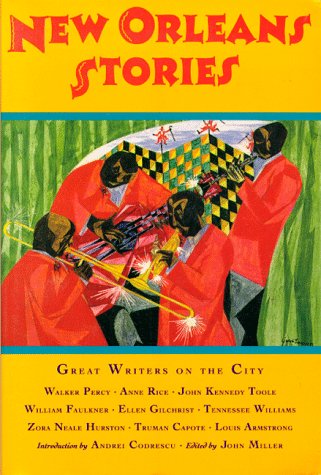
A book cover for New Orleans Stories: Great Writers on the City; Travel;